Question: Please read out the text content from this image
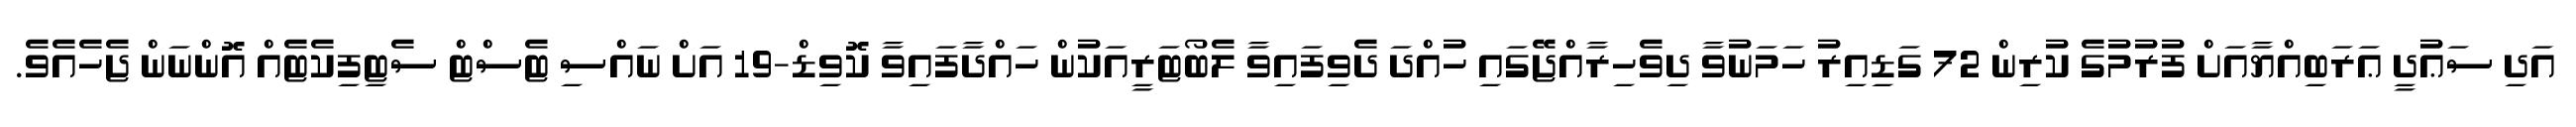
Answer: އަދި ސަޢުދީ ޢަރަބިއްޔާއަށް ފުރުމުގެ ކުރިން 72 ގަޑިއިރު ހަމަނުވާ ދިވެހިރާއްޖޭގައި ހުއްދަ ދެވިފައިވާ ލެބޯޓަރީއަކުން ހައްދާފައިވާ ކޮވިޑް-19 އަށް ނައްސި ޓެސްޓް ސެޓިފިކެޓެއް އޮންނަން ޖެހެއެވެ.